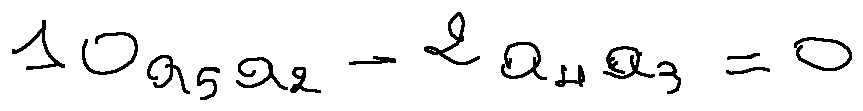
1 0 a _ { 5 } a _ { 2 } - 2 a _ { 4 } a _ { 3 } = 0